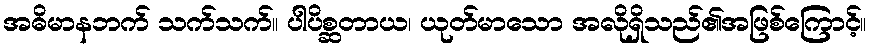
အဓိမာနဘက် သက်သက်။ ပါပိစ္ဆတာယ၊ ယုတ်မာသော အလိုရှိသည်၏အဖြစ်ကြောင့်။